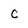
Character: C